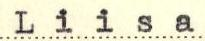
Liisa